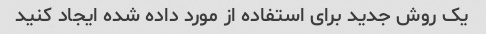
یک روش جدید برای استفاده از مورد داده شده ایجاد کنید